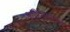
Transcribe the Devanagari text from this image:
प्रतिभाप्रगल्भ